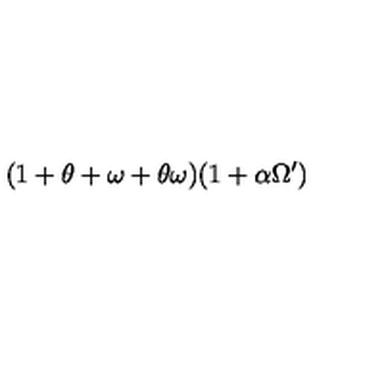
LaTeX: ( 1 + \theta + \omega + \theta \omega ) ( 1 + \alpha \Omega ^ { \prime } )